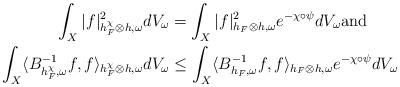
LaTeX: \begin{align*} \int_X|f|^2_{h_F^\chi\otimes h,\omega}dV_\omega&=\int_X|f|^2_{h_F\otimes h,\omega}e^{-\chi\circ\psi}dV_\omega \mathrm{and}\\ \int_X\langle B_{h_F^\chi,\omega}^{-1}f,f\rangle_{h_F^\chi\otimes h,\omega}dV_\omega&\leq\int_X\langle B_{h_F,\omega}^{-1}f,f\rangle_{h_F\otimes h,\omega}e^{-\chi\circ\psi}dV_\omega \end{align*}